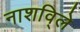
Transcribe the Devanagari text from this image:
नाशवि्ले